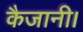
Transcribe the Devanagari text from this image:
कैजानी।